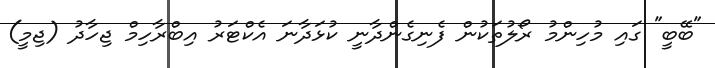
"ބޭބީ" ގައި މުހިންމު ރޯލުތަކުން ފެނިގެންދާނީ ކުޅަދާނަ އެކްޓަރު އިބްރާހިމް ޖިހާދު (ޖިމީ)